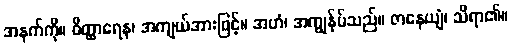
အနက်ကို။ ဝိတ္ထာရေန၊ အကျယ်အားဖြင့်။ အဟံ၊ အကျွန်ုပ်သည်။ ဇာနေယျံ၊ သိရာ၏။